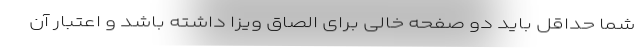
شما حداقل باید دو صفحه خالی برای الصاق ویزا داشته باشد و اعتبار آن